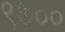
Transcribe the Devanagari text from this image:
९७००